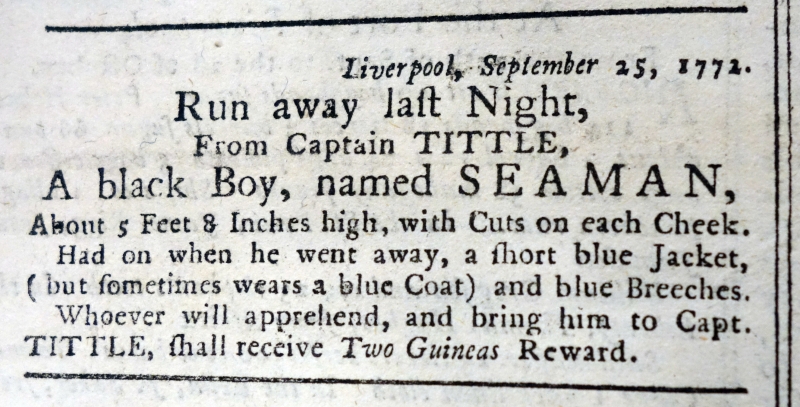
Gore’s Liverpool Commercial Pamphlet, 2 October 1772 (England)
                Liverpool, September 25, 1772.Run away last Night,From Captain TITTLE,A black Boy, named SEAMAN,About 5 Feet 8 Inches high, with Cuts on each Cheek.   Had on when he went away, a short blue Jacket, (but sometimes wears a blue Coat) and blue Breeches.   Whoever will apprehend, and bring him to Capt. TITTLE, shall receive Two Guineas Reward.